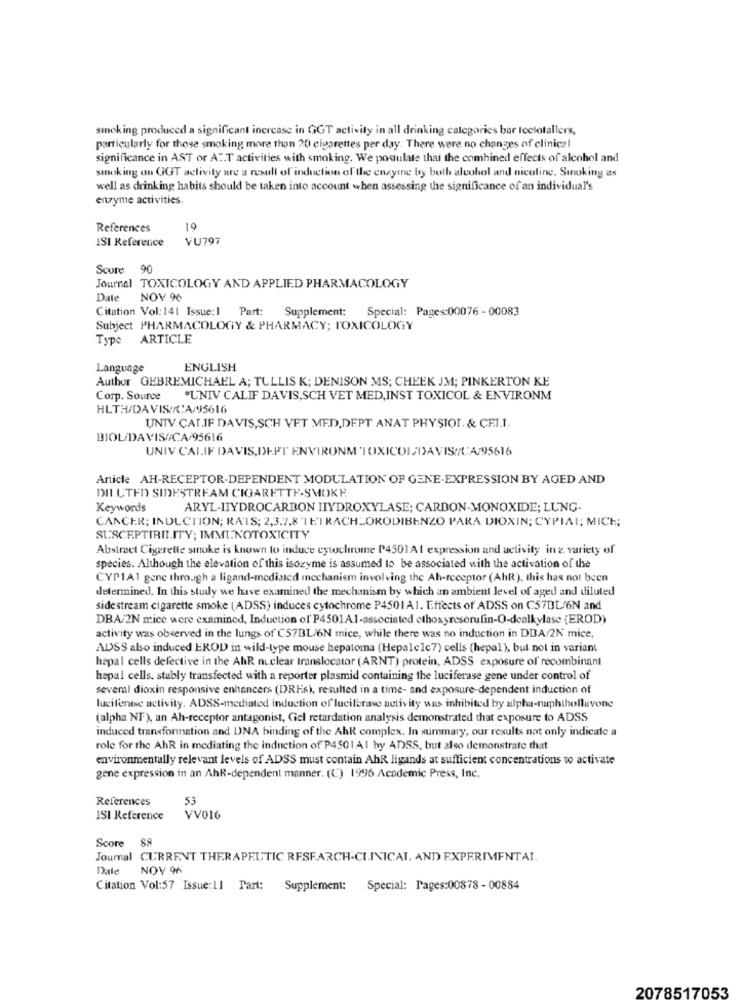
smoking produced a significant increase in GGT activity in all drinking categories bar lectotallers,
particularly for those smoking more than 20 cigarettes per day. There were no changes of clinical
significance in AST or AT.T activities with smoking. We postulate that the combined effects of alcohol and
smoking on GOT activity are a result of induction of the enzyme by both alcohol and nicoline. Smoking as
well as drinking habits should be taken into account when assessing the significance of an individual's
enzyme activities
References
19
ISI Reference
VU797
Score 90
Journal TOXICOLOGY AND APPLIED PHARMACOLOGY
Date
NOV 96
Citation Vol: 141 Issue:1 Part: Supplement: Special: Pages:00076 - 00083
Subject PHARMACOLOGY & PHARMACY; TOXICOLOGY
Type
ARTICLE
Language
ENGLISH
Author GEBREMICHAEL A; TULLIS K; DENISON MS; CHEEK JM; PINKERTON KE
Corp. Source "UNIV CALIF DAVIS,SCH VET MED, INST TOXICOL & ENVIRONM
HLTH/DAVIS//CA/95616
UNTV CAT.IF DAVIS,SCH VET MED,DEPT ANAT PHYSIOL, & CEI.T.
BIOL/DAVIS/CA/95616
UNIV CALIF DAVIS,DEPT ENVIRONM 'TOXICOL/DAVIS//t:A/95616
Article AH-RECEPTOR-DEPENDENT MODULATION OF GENE-EXPRESSION BY AGED AND
DILUTED SIDESTREAM CIGARETTE-SMOKE
Keywords
ARYL-HYDROCARBON HYDROXYLASE; CARBON-MONOXIDE; LUNG-
CANCER; INDUCTION; RAIS; 2,3,7,8 LEIRACHLORODIBENZO PARA DIOXIN; CYPIAI; MICE;
SUSCEPTIBILITY; IMMUNOTOXICITY
Abstract Cigarette smoke is known to induce cytochrome P4501A1 expression and activity in z variety of
species. Although the elevation of this isozyme is assumed to be associated with the activation of the
CYP1A1 gene through a ligand-mediated mechanism involving the Ah-receptor (AhR), this has not been
determined. In this study we have examined the mechanism by which an ambient level of aged and diluted
sidestream cigarette smoke (ADSS) induces cytochrome P4501Al. Effects of ADSS on C57BL/6N and
DBA/2N mice were examined, Induction ol'P4501A1-associated ethoxyresorufin-O-dealkylase (EROD)
activity was observed in the lungs of C57BL/6N mice, while there was no induction in DBA/2N mice,
ADSS also induced EROD in wild-type mouse hepatoma (Hepalelc7) cells (hepal), but not in variant
hepal cells defective in the Ahl nuclear translocator (ARNT) protein, ADSS exposure of recombinant
hepal cells, stably transfected with a reporter plasmid containing the luciferase gene under control of
several dioxin responsive enhancers (DREs), resulted in a time- and exposure-dependent induction of
lucifenese activity. ADSS-mediated induction of luciferase activity was inhibited by alpha-naphtholluvone
(alpha NF), an Ah-receptor antagonist, Giel retardation analysis demonstrated that exposure to ADSS
induced transformation and DNA binding of the Ahl complex. In summary, our results not only indicate a
role for the AhR in mediating the induction of P4501 A1 by ADSS, but also demonstrate that
environmentally relevant levels of ADSS must contain AhR ligands at sufficient concentrations to activate
gene expression in an AhR-dependent manner. (C) 1996 Academic Press, Inc.
References
53
ISI Reference
VV016
Score 88
Journal CURRENT THERAPEUTIC RESEARCH-CLINICAL. AND EXPERIMENTAL.
Dale
NOV 96
Citation Vol:57 Issue:11 Tart: Supplement: Special: Pages:00878 - 00884
2078517053